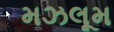
મઝલૂમ